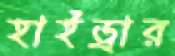
হাইড্রার